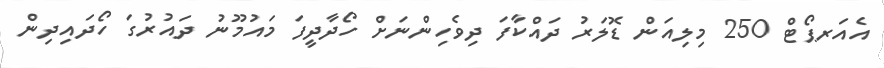
އެއަރޕޯޓް 250 މިލިއަން ޑޮލަރު ދައްކާފަ ދިވެހިންނަށް ހޯދާދީފަ މައުމޫނު ދައުރުގަ ހޯދައިދިން